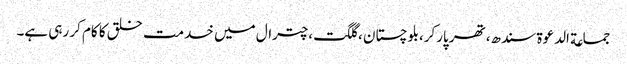
جماعة الدعوة سندھ،تھر پارکر،بلوچستان ،گلگت،چترال میں خدمت خلق کا کام کر رہی ہے۔